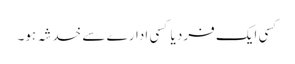
کسی ایک فرد یا کسی ادارے سے خدشہ ہو۔